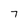
Character: 7